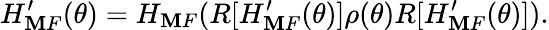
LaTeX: H_{\mathbf{M}F}^{\prime}(\theta)=H_{\mathbf{M}F}(R[H_{\mathbf{M}F}^{\prime}(\theta)]\rho(\theta)R[H_{\mathbf{M}F}^{\prime}(\theta)]).